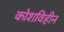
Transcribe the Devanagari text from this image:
कोशविहीन